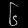
Digit: ၆